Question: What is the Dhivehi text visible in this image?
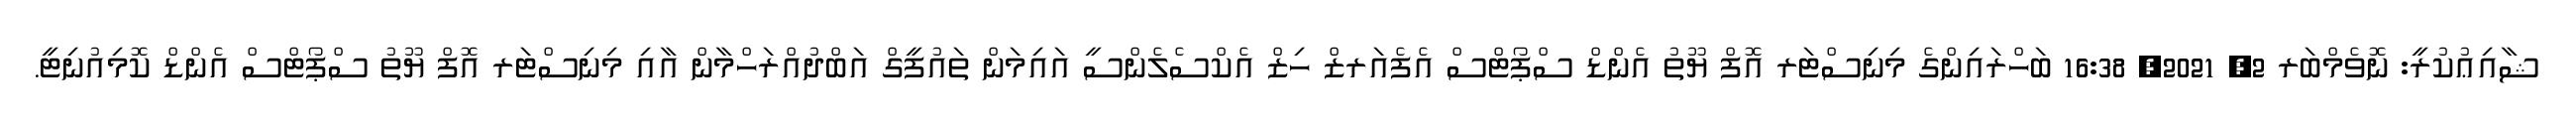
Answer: ޝާއިޢުކުރީ: ނޮވެމްބަރ 2, 2021, 16:38 ބަހްރައިންގެ މިނިސްޓަރ އޮފް ޔޫތު އެންޑް ސްޕޯޓްސް އެފެއަރޒް ހިޒް އެކްސެލެންސީ އައިމަން ތައުފީގް އަބްދުއްރަހްމާން އާއި މިނިސްޓަރ އޮފް ޔޫތު ސްޕޯޓްސް އެންޑް ކޮމިއުނިޓީ.